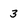
Character: 3